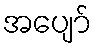
အပျော်